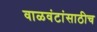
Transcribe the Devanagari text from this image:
वाळवंटांसाठीच